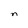
Character: n